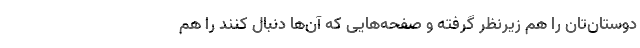
دوستان‌تان را هم زیرنظر گرفته و صفحه‌هایی که آن‌ها دنبال کنند را هم